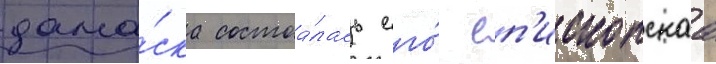
дама́ска состоа́лась его́ еп'ископскаа